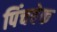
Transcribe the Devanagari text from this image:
पिंचबेक